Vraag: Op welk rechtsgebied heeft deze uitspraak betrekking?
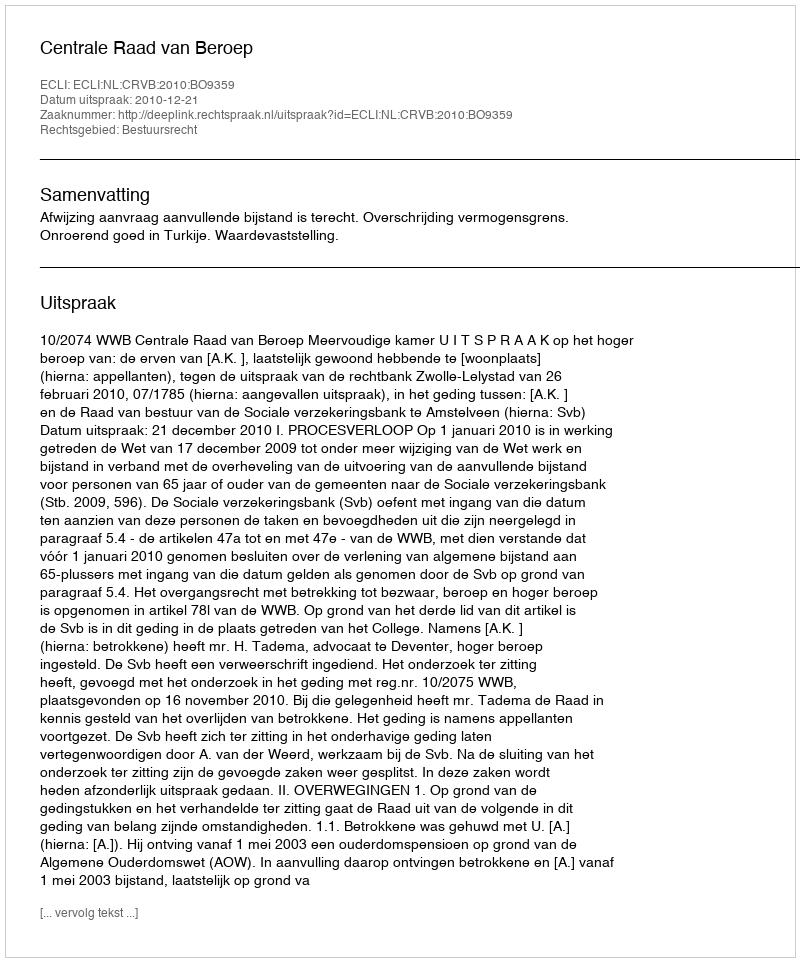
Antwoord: Bestuursrecht